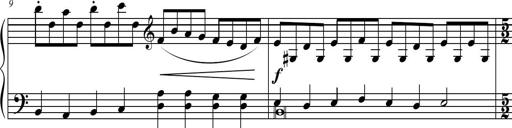
Title: Suite in the Old Style
Composer: Tyler Versluis